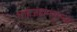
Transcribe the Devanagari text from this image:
शाहजहानपूरला